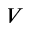
V